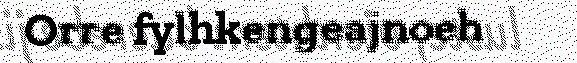
Orre fylhkengeajnoeh